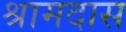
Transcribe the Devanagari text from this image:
श्रामदास